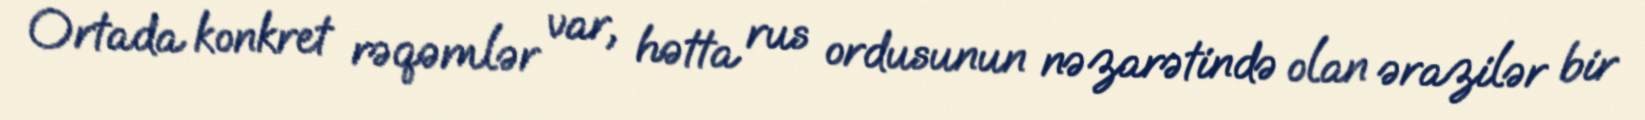
Ortada konkret rəqəmlər var, hətta rus ordusunun nəzarətində olan ərazilər bir